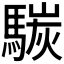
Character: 𩤧